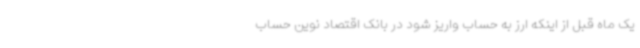
یک ماه قبل از اینکه ارز به حساب واریز شود در بانک اقتصاد نوین حساب